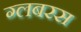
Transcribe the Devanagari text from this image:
ग्लबरस